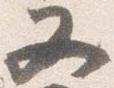
又